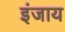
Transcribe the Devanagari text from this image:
इंजाय